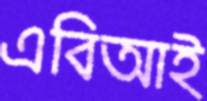
এবিআই